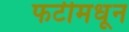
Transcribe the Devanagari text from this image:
फटीमधून